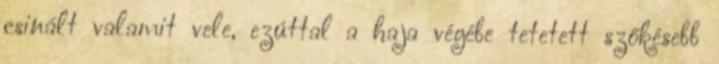
csinált valamit vele, ezúttal a haja végébe tetetett szőkésebb